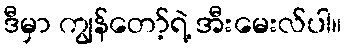
ဒီမှာ ကျွန်တော့်ရဲ့ အီးမေးလ်ပါ။